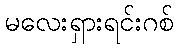
မလေးရှားရင်းဂစ်